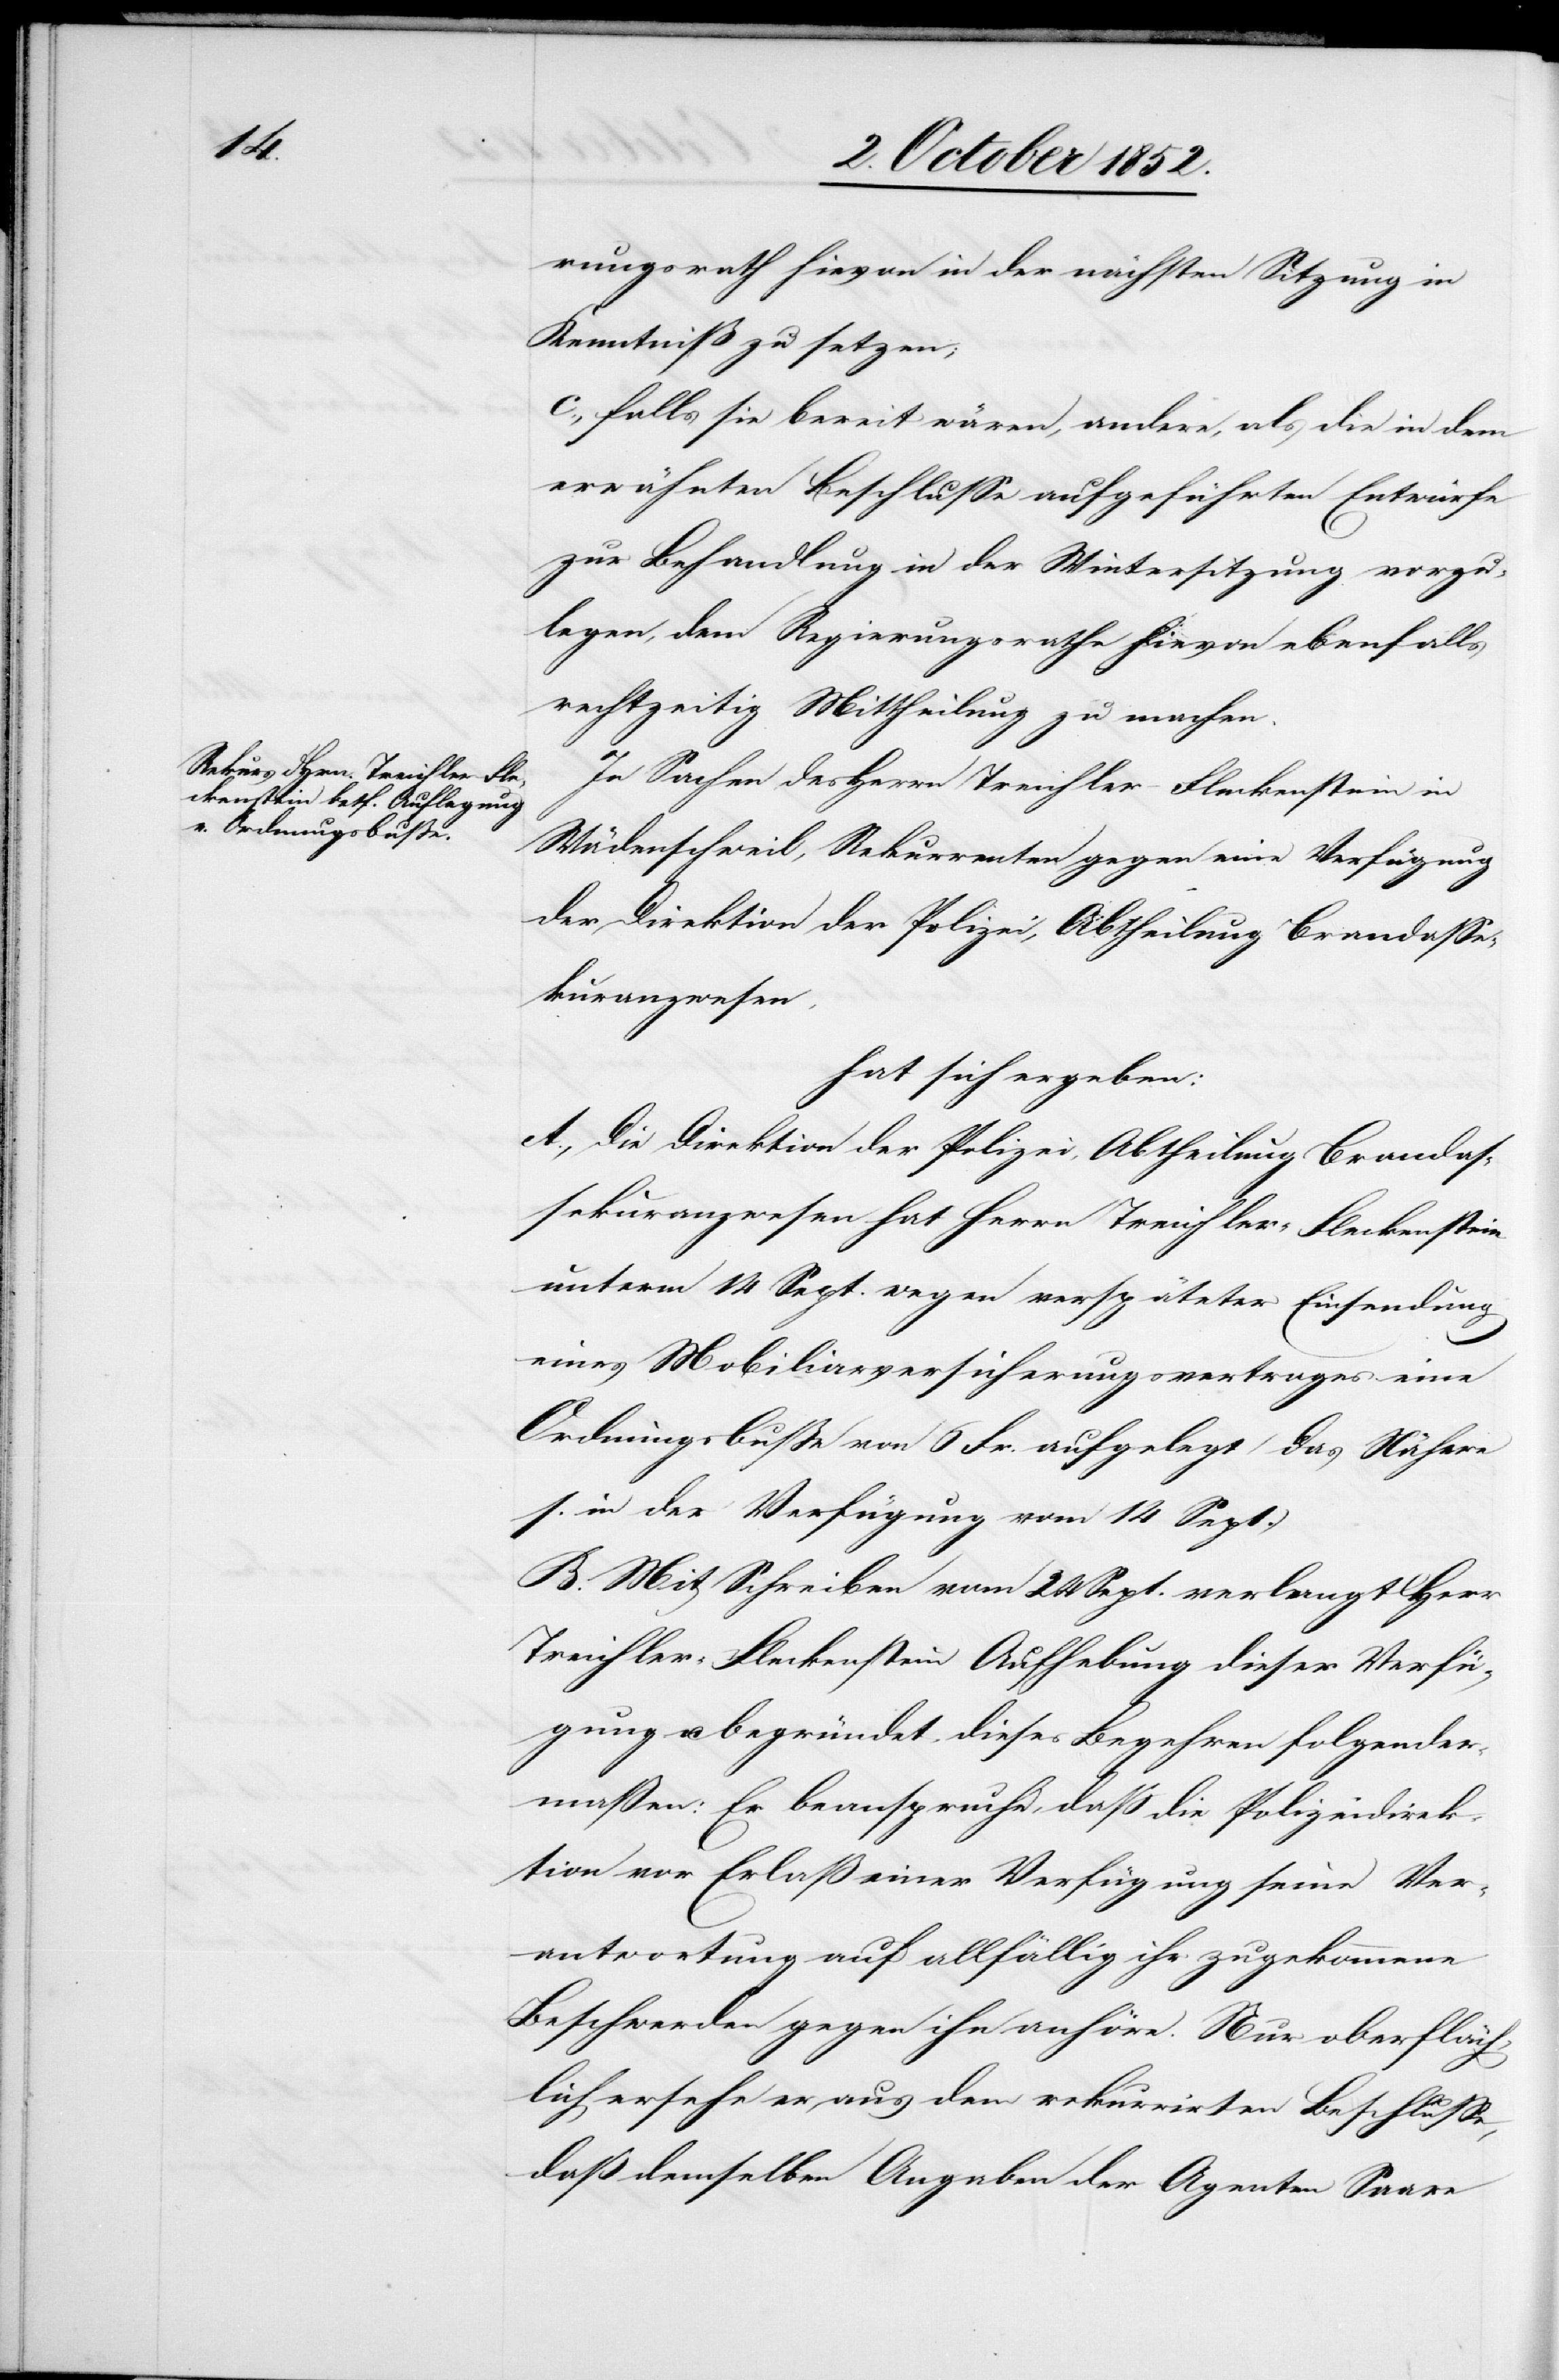
rungsrath hievon in der nächsten Sitzung in
Kenntniß zu setzen;
c., falls sie bereit wären, andere, als die in dem
erwähnten Beschlusse aufgeführten Entwürfe
zur Behandlung in der Wintersitzung vorzu¬
legen, dem Regierungsrathe hievon ebenfalls
rechtzeitig Mittheilung zu machen.
In Sachen des Herrn Treichler-Fleckenstein in
Wädenschweil, Rekurrenten gegen eine Verfügung
der Direktion der Polizei, Abtheilung Brandasse¬
kuranzwesen,
hat sich ergeben:
A., Die Direktion der Polizei, Abtheilung Brandas¬
sekuranzwesen hat Herrn Treichler-Fleckenstein
unterm 14 Sept. wegen verspäteter Einsendung
eines Mobiliarversicherungsvertrages eine
Ordnungsbuße von 6 Fr. aufgelegt (Das Nähere
s. in der Verfügung vom 14 Sept.)
B. Mit Schreiben vom 24 Sept. verlangt Herr
Treichler-Fleckenstein Aufhebung dieser Verfü¬
gung u. begründet dieses Begehren folgender¬
maßen: Er beanspruche, daß die Polizeidirek¬
tion vor Erlaß einer Verfügung seine Ver¬
antwortung auf allfällig ihr zugekommene
Beschwerden gegen ihn anhöre. Nur oberfläch¬
lich ersehe er aus dem rekurrirten Beschlusse,
daß demselben Angaben der Agenten Saare